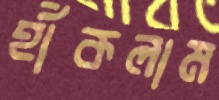
হাঁকলাম